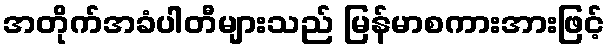
အတိုက်အခံပါတီများသည် မြန်မာစကားအားဖြင့်